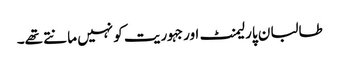
طالبان پارلیمنٹ اور جہوریت کو نہیں مانتے تھے۔